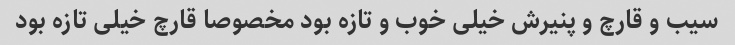
سیب و قارچ و پنیرش خیلی خوب و تازه بود مخصوصا قارچ خیلی تازه بود